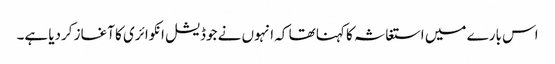
اس بارے میں استغاثہ کا کہنا تھا کہ انہوں نے جوڈیشل انکوائری کا آغاز کردیا ہے۔